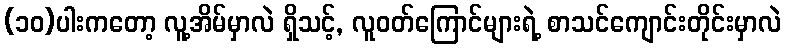
(၁၀)ပါးကတော့ လူ့အိမ်မှာလဲ ရှိသင့်, လူဝတ်ကြောင်များရဲ့ စာသင်ကျောင်းတိုင်းမှာလဲ